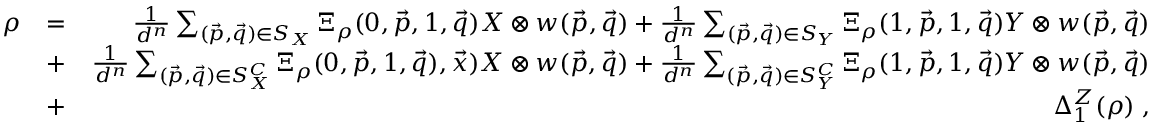
\begin{array} { r l r } { \rho } & { = } & { \frac { 1 } { d ^ { n } } \sum _ { ( \vec { p } , \vec { q } ) \in S _ { X } } \Xi _ { \rho } ( 0 , \vec { p } , 1 , \vec { q } ) X \otimes w ( \vec { p } , \vec { q } ) + \frac { 1 } { d ^ { n } } \sum _ { ( \vec { p } , \vec { q } ) \in S _ { Y } } \Xi _ { \rho } ( 1 , \vec { p } , 1 , \vec { q } ) Y \otimes w ( \vec { p } , \vec { q } ) } \\ & { + } & { \frac { 1 } { d ^ { n } } \sum _ { ( \vec { p } , \vec { q } ) \in S _ { X } ^ { C } } \Xi _ { \rho } ( 0 , \vec { p } , 1 , \vec { q } ) , \vec { x } ) X \otimes w ( \vec { p } , \vec { q } ) + \frac { 1 } { d ^ { n } } \sum _ { ( \vec { p } , \vec { q } ) \in S _ { Y } ^ { C } } \Xi _ { \rho } ( 1 , \vec { p } , 1 , \vec { q } ) Y \otimes w ( \vec { p } , \vec { q } ) } \\ & { + } & { \Delta _ { 1 } ^ { Z } ( \rho ) \; , } \end{array}